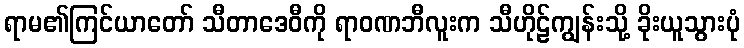
ရာမ၏ကြင်ယာတော် သီတာဒေဝီကို ရာဝဏဘီလူးက သီဟိုဠ်ကျွန်းသို့ ခိုးယူသွားပုံ